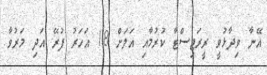
އޭނާ ވިދާޅުވީ ރީރަޖިސްޓާ ކުރުމާއި އަލަށް 18 އަހަރު ފުރޭ އަދި މަރުވާ